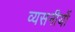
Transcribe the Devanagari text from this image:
व्यसनीयों